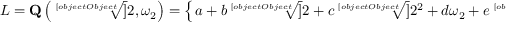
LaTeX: L = \mathbf { Q } \left( { \sqrt [ [object Object] ] { 2 } } , \omega _ { 2 } \right) = \left\{ \left. a + b { \sqrt [ [object Object] ] { 2 } } + c { \sqrt [ [object Object] ] { 2 ^ { 2 } } } + d \omega _ { 2 } + e { \sqrt [ [object Object] ] { 2 } } \omega _ { 2 } + f { \sqrt [ [object Object] ] { 2 ^ { 2 } } } \omega _ { 2 } \right| a , b , c , d , e , f \in \mathbf { Q } \right\}